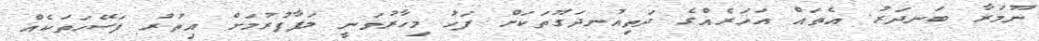
ނޫމަރާ ބަނދަރު. އެތައް އަހަރެއްގެ ދަތިއުނދަގޫތަކަށް ފަހު މިހާރުވަނީ ލަފާފުރުމަށް އިތުރު ފަސޭހަތަކެއް